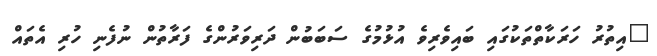
"އިތުރު ހަރަކާތްތަކުގައި ބައިވެރިވެ އުޅުމުގެ ސަބަބުން ދަރިވަރުންގެ ފަރާތުން ނުފެނި ހުރި އެތައް